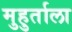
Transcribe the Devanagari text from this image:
मुहुर्ताला